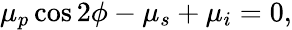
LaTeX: \begin{array}{r}{\mu_{p}\cos 2\phi-\mu_{s}+\mu_{i}=0,}\end{array}